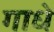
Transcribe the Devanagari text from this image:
गाधे